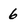
Character: 6